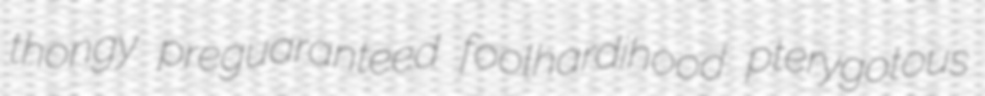
thongy preguaranteed foolhardihood pterygotous